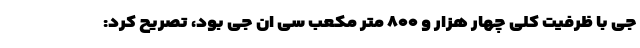
جی با ظرفیت کلی چهار هزار و ۸۰۰ متر مکعب سی ان جی بود، تصریح کرد: